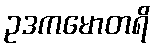
ဥဒကမောတရိ